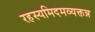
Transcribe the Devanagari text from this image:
रहस्यमिदमव्यक्तन्न